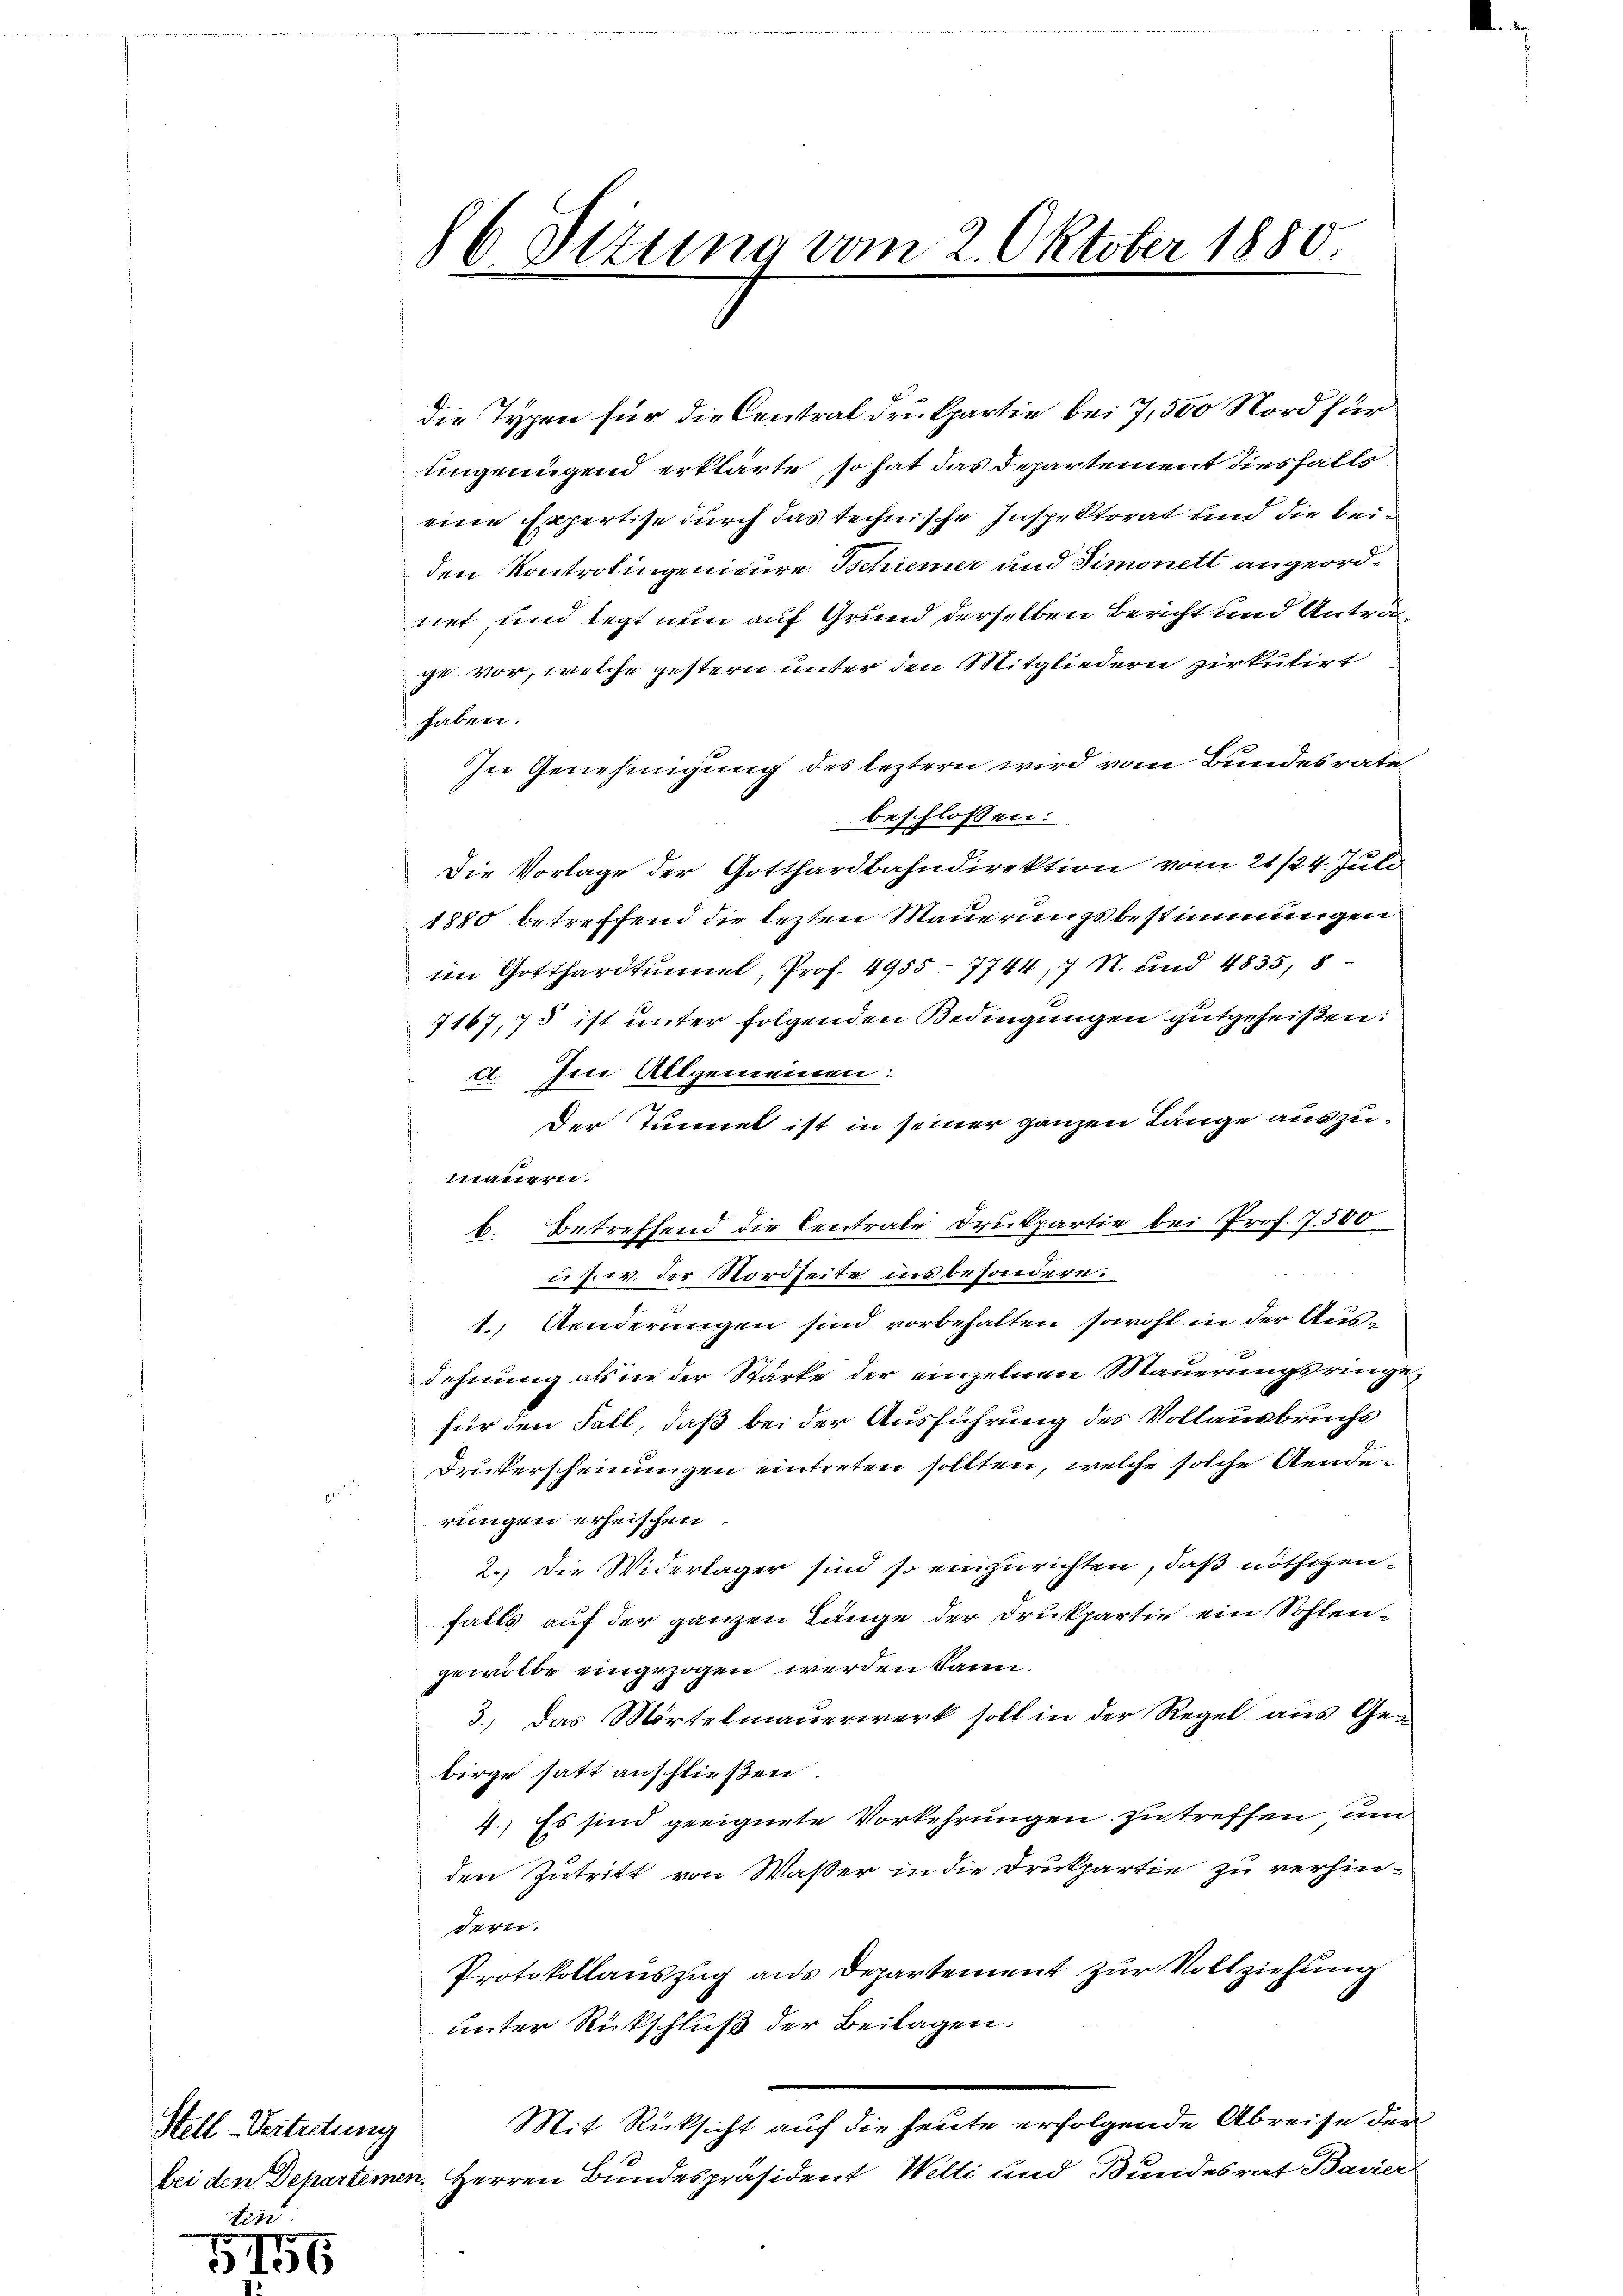
Stell-Vertretung
toni

155.

86 Stzung vom 2. Oktober 1880
.

die Typen für die Central Drukpartie bei 7,500 Nord für
ungenügend erklärte, so hat das Departement diesfalle
eine Expertise durch das technische Inspektorat und die beiden Kontrolingenieure Schiener und Simonett angeordnet, und legt nun auf Grund derselben Bericht und Antra
ge vor, welche gestern unter den Mitgliedern zirkulirt
haben.
In Genehmigung des leztern wird vom Bundesrate
beschlossen:
Die Vorlage der Gotthardbahndirektion vom 21/24. Juli
1880 betreffend die lezten Mauerungsbestimmungen
im Gotthardtunnel, Prof. 4955 - 7744 17 S. und 4835, 8
7167,75 ist unter folgenden Bedingungen gutgeheißen:
a. Im Allgemeinen:
Der Tunnel ist in seiner ganzen Lange auszumauern.
b. Betreffend die Centrate Druckpartie bei Prof. 7500
u. s. w. der Nordseite ins besondern:
1. Aenderungen sind vorbehalten sowohl in der Ausdehnung als in der Stärke der einzelnen Mauerungsringe,
für den Fall, daß bei der Ausführung des Vollausbruchs
Dristerscheinungen eintreten sollten, welche solche Aenderungen erheischen.
2.) Die Widerlager sind so einzurichten, daß nöthigenfalls auf der ganzen Länge der Drukpartie ein Sohlengewölbe eingezogen werden kann.
3.) Das Mörtelmauerwerk soll in der Regel aus Gebirge satt anschließen.
4.) Es sind geeignete Vorkehrungen zu treffen, un
den Zutritt von Waßer in die Drukpartie zu verhinder.
Protokollauszug aus Departement zur Vollziehung
unter Rückschluß der Beilagen.
Mit Rücksicht auf die heute erfolgende Abreise der
bei den Departemen, Herren Bundespräsident Welti und Bundesrat Bavier